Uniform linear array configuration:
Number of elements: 64
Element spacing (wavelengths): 0.75
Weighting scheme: uniform
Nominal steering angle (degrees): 45
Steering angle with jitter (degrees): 43.098
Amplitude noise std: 0.05
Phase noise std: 0.05

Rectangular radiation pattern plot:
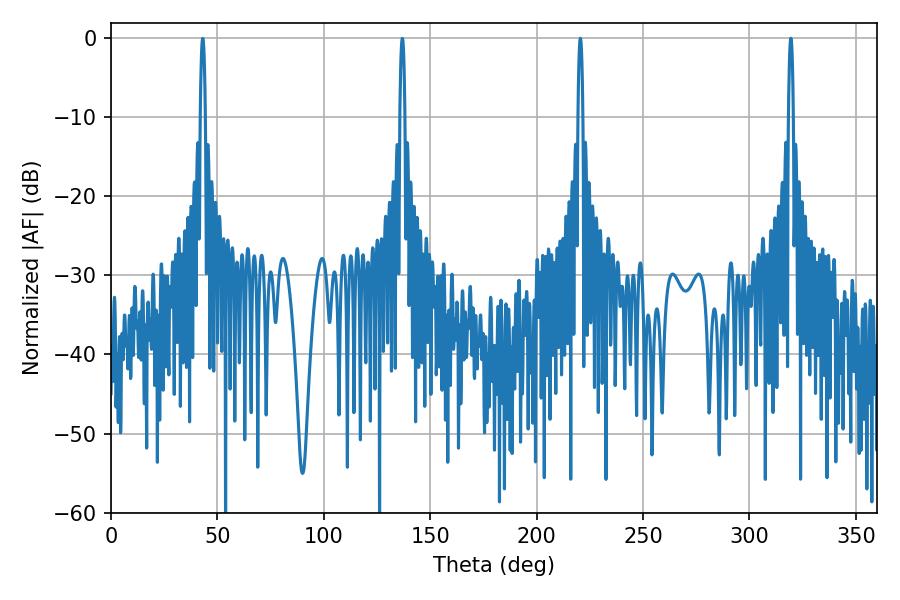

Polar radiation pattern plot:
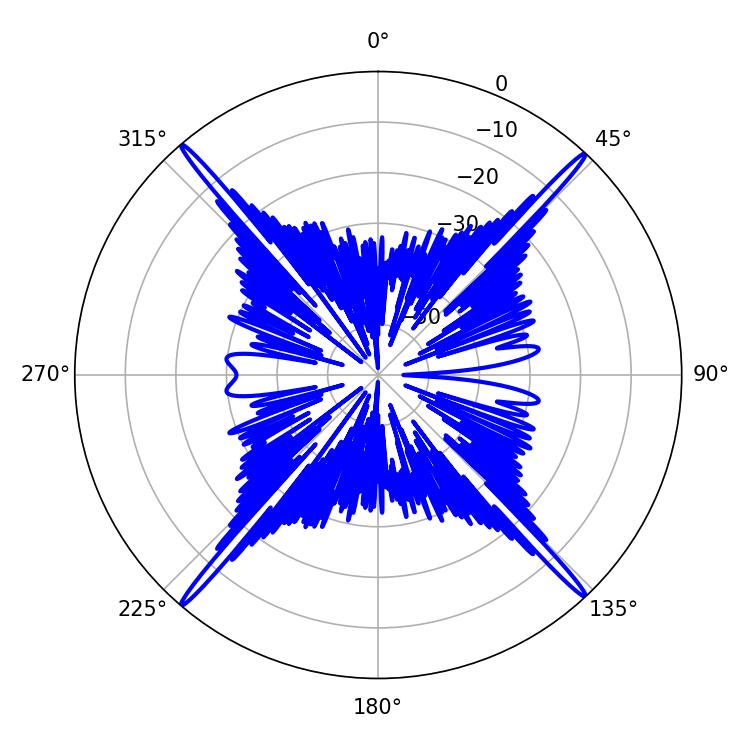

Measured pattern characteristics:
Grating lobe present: TRUE
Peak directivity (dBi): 27.617
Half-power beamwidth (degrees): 1.26
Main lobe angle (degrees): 220.5